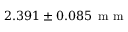
2 . 3 9 1 \pm 0 . 0 8 5 \, \mathrm { ~ m ~ m ~ }